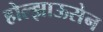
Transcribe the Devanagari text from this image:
होल्झाऊसेन